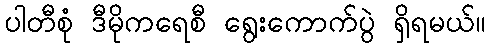
ပါတီစုံ ဒီမိုကရေစီ ရွေးကောက်ပွဲ ရှိရမယ်။